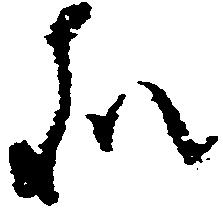
処